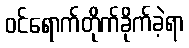
ဝင်ရောက်တိုက်ခိုက်ခဲ့ရာ